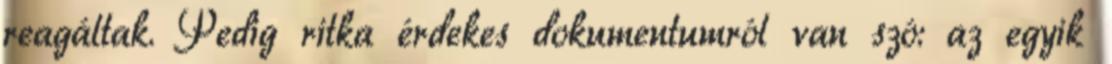
reagáltak. Pedig ritka érdekes dokumentumról van szó: az egyik